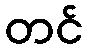
တင်